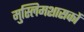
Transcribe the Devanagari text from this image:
मुस्लिमशासकों